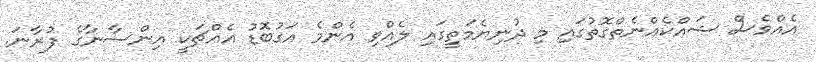
އެއްވެސް ޝައްކެއްނެތްގޮތުގައި މި ދުނިޔެމަތީގައި ލެއްވި އެންމެ އަގުބޮޑު އެއްޗަކީ އިންސާނާގެ ފުރާނަ.